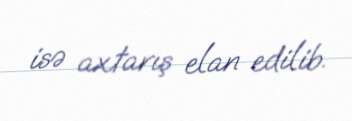
isə axtarış elan edilib.